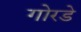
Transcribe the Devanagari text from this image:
गोरडे